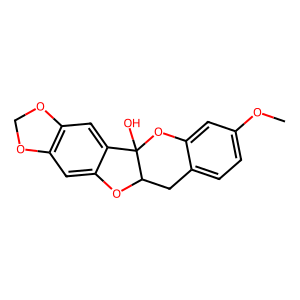
SMILES: COc1ccc2c(c1)OC1(O)c3cc4c(cc3OC1C2)OCO4
Inhibits HIV replication: No